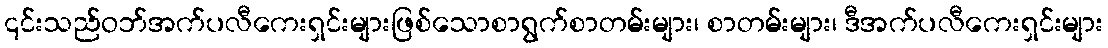
၎င်းသည်ဝဘ်အက်ပလီကေးရှင်းများဖြစ်သောစာရွက်စာတမ်းများ၊ စာတမ်းများ၊ ဒီအက်ပလီကေးရှင်းများ